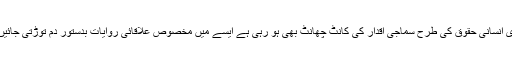
بنیادی انسانی حقوق کی طرح سماجی اقدار کی کانٹ چھانٹ بھی ہو رہی ہے ایسے میں مخصوص علاقائی روایات بدستور دم توڑتی جائیں گی۔